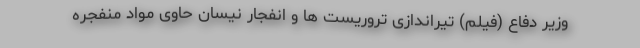
وزیر دفاع (فیلم) تیراندازی تروریست ها و انفجار نیسان حاوی مواد منفجره